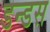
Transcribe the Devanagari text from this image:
डन्डस